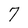
Character: 7